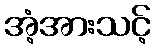
အံ့အားသင့်